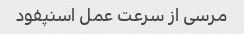
مرسی از سرعت عمل اسنپفود